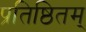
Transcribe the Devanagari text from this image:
प्रतिष्ठितम्